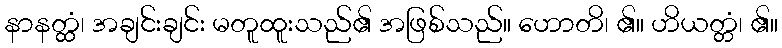
နာနတ္ထံ၊ အချင်းချင်း မတူထူးသည်၏ အဖြစ်သည်။ ဟောတိ၊ ၏။ ဟိယတ္တံ၊ ၏။